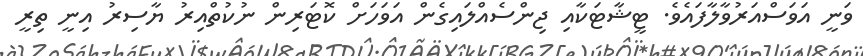
ވަނީ އަވަސްއަރުވާލާފައެވެ. ޓީޝާޓަކާއި ޖިންސެއްލައިގެން އަވަހަށް ކޮޓަރިން ނުކުތްއިރު ޔާސިރު އިނީ ތިރީ